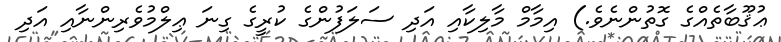
ޢުޤޫބާތެއްގެ ގޮތުންނެވެ.) އިމާމް މާލިކާއި އަދި ސަލަފުންގެ ކުރީގެ ގިނަ ޢިލްމުވެރިންނާއި އަދި